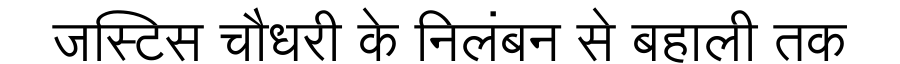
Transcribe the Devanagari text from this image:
जस्टिस चौधरी के निलंबन से बहाली तक